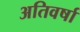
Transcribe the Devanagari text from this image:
अतिवर्षा